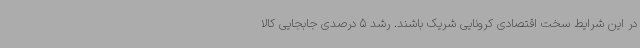
در این شرایط سخت اقتصادی کرونایی شریک باشند. رشد 5 درصدی جابجایی کالا